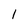
Character: 1